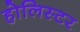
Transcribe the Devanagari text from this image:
होलिस्टर